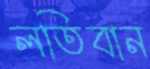
লতিবান